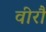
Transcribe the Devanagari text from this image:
वीरौ